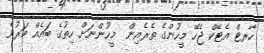
ހާރޓް އެޓޭކް ޖެހޭ މީހުންގެ ތެރެއިން  މީހުންނަށް ހިތުގެ ބައެއް މަރުވެ